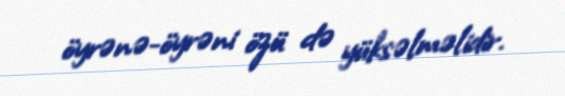
öyrənə-öyrəni özü də yüksəlməlidir.